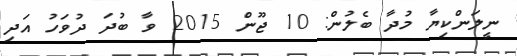
ނީލަންކިޔާ މުދާ ބެލުން: 10 ޖޫން 2015 ވާ ބުދަ ދުވަހު އަދި